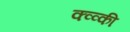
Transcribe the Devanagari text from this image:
क्व्व्की